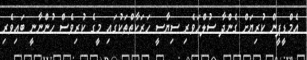
އެމްޑީޕީން ކުރިޔަށް ގެންދާ ސުލްހަވެރި ސިޔާސީ ހަރަކާތްތަކުގައި މީގެ ކުރިވެސް ހުންނާނީ ބައިވެރި